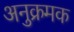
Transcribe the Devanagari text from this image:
अनुक्रमक